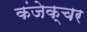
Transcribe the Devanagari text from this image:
कंजेक्चर